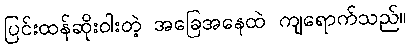
ပြင်းထန်ဆိုးဝါးတဲ့ အခြေအနေထဲ ကျရောက်သည်။